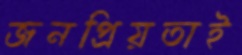
জনপ্রিয়তাই